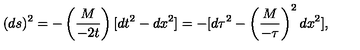
( d s ) ^ { 2 } = - \left( \frac { M } { - 2 t } \right) [ d t ^ { 2 } - d x ^ { 2 } ] = - [ d \tau ^ { 2 } - \left( { \frac { M } { - \tau } } \right) ^ { 2 } d x ^ { 2 } ] ,